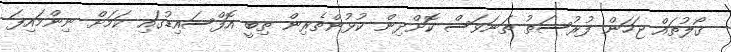
ގޯލުތައް ޖަހަން ފުރުސަތު ތަނަވަސް ކޮށްދިން ކުޅުންތެރިން ތިބީ އޮފްސައިޑުގައި ކަމަށް ނިންމައިފަ